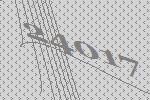
24017